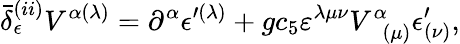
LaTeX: \bar{\delta}_{\epsilon}^{(ii)}V^{\alpha(\lambda)}=\partial^{\alpha}\epsilon^{\prime(\lambda)}+gc_{5}\varepsilon^{\lambda\mu\nu}V_{\; \; (\mu)}^{\alpha}\epsilon_{(\nu)}^{\prime},